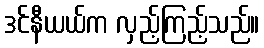
ဒင်နီယယ်က လှည့်ကြည့်သည်။